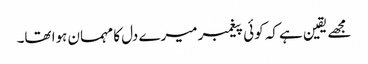
مجھے یقین ہے کہ کوئی پیغمبر میرے دل کا مہمان ہوا تھا۔